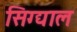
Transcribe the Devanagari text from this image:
सिग्द्याल